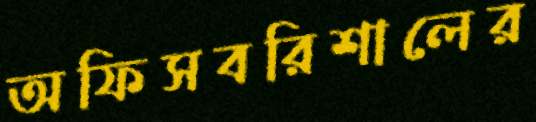
অফিসবরিশালের